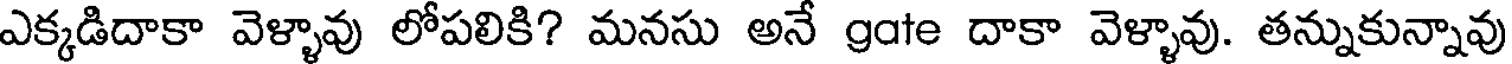
ఎక్కడిదాకా వెళ్ళావు లోపలికి? మనసు అనే gate దాకా వెళ్ళావు. తన్నుకున్నావు